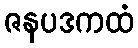
ဇနပဒကထံ